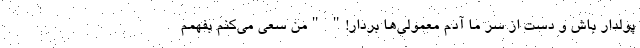
پولدار باش و دست از سر ما آدم معمولی‌ها بردار!" "من سعی می‌کنم بفهمم